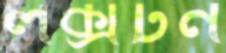
লক্সটন